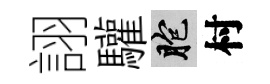
詡驩胞村